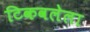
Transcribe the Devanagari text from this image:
टिकवलेला